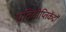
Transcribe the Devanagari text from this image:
प्रतिदीप्तिकेंद्रों